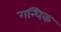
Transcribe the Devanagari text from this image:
गन्धिक